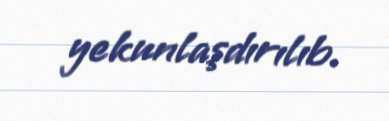
yekunlaşdırılıb.